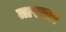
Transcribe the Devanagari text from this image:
तारवल